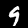
Digit: 9